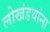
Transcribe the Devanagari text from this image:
लोखंडयांना